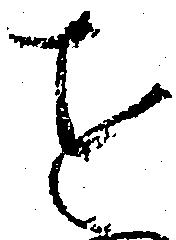
を